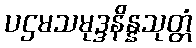
ပဌမသမုဒ္ဒနိန္နသုတ္တံ